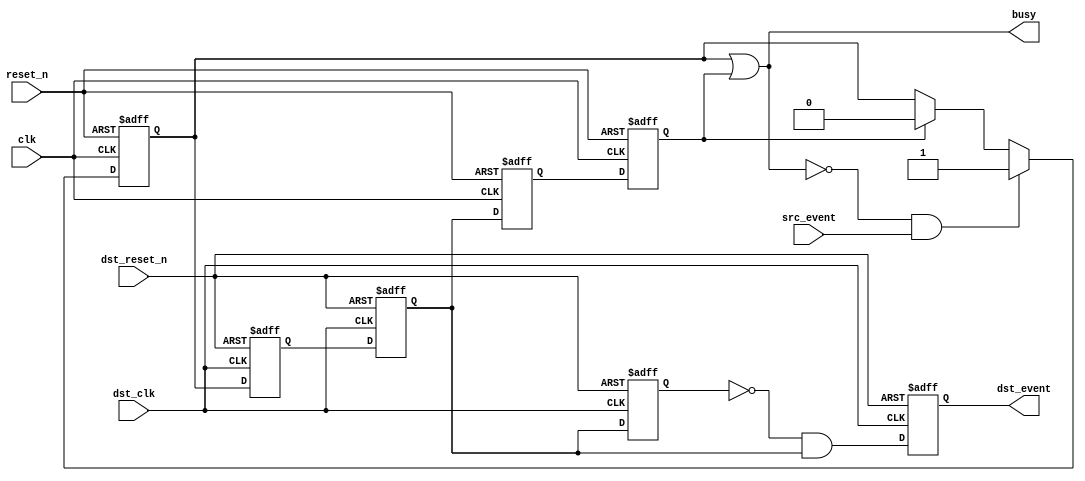
// Reference: http://zipcpu.com/blog/2017/10/20/cdc.html
// Collator: Duke Fong

module cdc_event(
        input clk,
        input reset_n,
        input src_event,
        output busy,
        
        input dst_clk,
        input dst_reset_n,
        output reg dst_event
    );

reg req;
reg ack;
reg xack_pipe;

assign busy = req || ack;

reg xreq_pipe;
reg new_req;
reg last_req;


always @(posedge clk or negedge reset_n)
    if (!reset_n) begin
        req <= 0;
        ack <= 0;
        xack_pipe <= 0;
    end
    else begin
        if (!busy && src_event)
            req <= 1;
        else if (ack)
            req <= 0;
        {ack, xack_pipe} <= {xack_pipe, new_req};
    end

always @(posedge dst_clk or negedge dst_reset_n)
    if (!dst_reset_n) begin
        xreq_pipe <= 0;
        new_req <= 0;
        last_req <= 0;
        dst_event <= 0;
    end
    else begin
        {last_req, new_req, xreq_pipe} <= {new_req, xreq_pipe, req};
        dst_event <= !last_req && new_req;
    end

endmodule